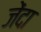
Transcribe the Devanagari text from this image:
जेंदा